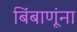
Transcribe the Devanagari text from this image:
बिंबाणूंना